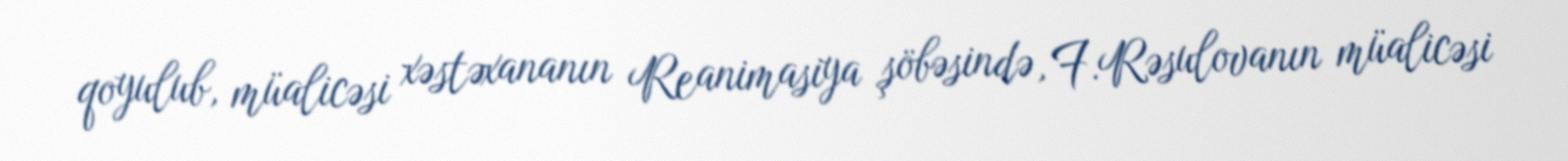
qoyulub, müalicəsi xəstəxananın Reanimasiya şöbəsində, F.Rəsulovanın müalicəsi